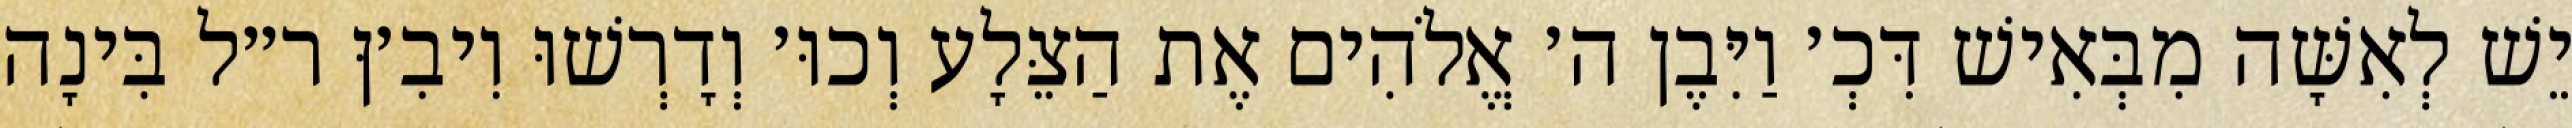
יֵשׁ לְאִשָּׁה מִבְּאִישׁ דִּכְ׳ וַיִּבֶן ה׳ אֱלֹהִים אֶת הַצֵּלָע וְכוּ׳ וְדָרְשׁוּ וִיבִ׳ןּ ר״ל בִּינָה